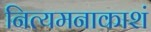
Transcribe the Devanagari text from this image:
नित्यमनाकाशं